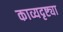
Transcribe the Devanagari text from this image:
काव्यदृष्ट्या